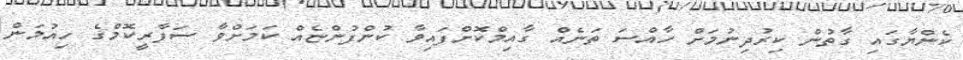
ކެންޔާގައި ގާތުން ކިރުދިނުމަށް ހާއްސަ ތަނެއް ގާއިމްކޮށްފައިވާ ކުންފުންޏެއް ކަމަށްވާ ސަފާރީކޮމްގެ ހިއުމަން